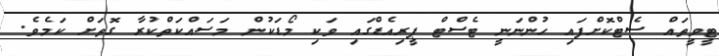
ޓީވީތައް ސެޓްކޮށްފައި ހުންނަނީ ޓެސްޓް ޕީރިއެޑްގައި ވަކި މޯޑަކުން މަސައްކަތްކުރާ ގޮތަށް ކަމެވެ.